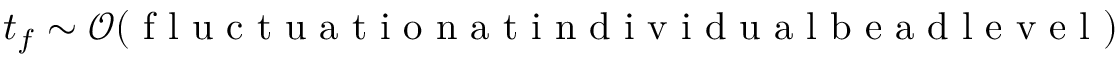
t _ { f } \sim \mathcal { O } ( \mathrm { ~ f ~ l ~ u ~ c ~ t ~ u ~ a ~ t ~ i ~ o ~ n ~ a ~ t ~ i ~ n ~ d ~ i ~ v ~ i ~ d ~ u ~ a ~ l ~ b ~ e ~ a ~ d ~ l ~ e ~ v ~ e ~ l ~ } )